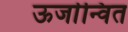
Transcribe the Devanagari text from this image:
ऊर्जान्वित